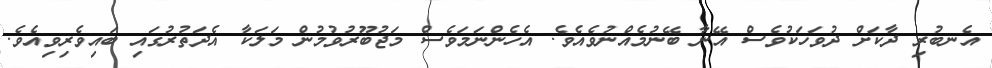
އެނބުރި ދާކަށް ދުވަހަކުވެސް އޭނާ ބޭނުމެއްނުވެއެވެ. އެހެންނަމަވެސް މަޖުބޫރުވުމުން މަލަކާ އެދަތުރުގައި ބައިވެރިވިއެވެ.